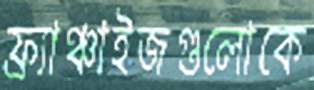
ফ্র্যাঞ্চাইজগুলোকে